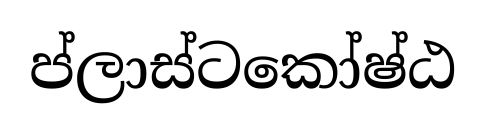
ප්ලාස්ටකෝෂ්ඨ